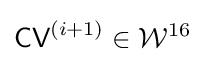
{\textsf {CV}}^{(i+1)}\in {\mathcal {W}}^{16}